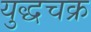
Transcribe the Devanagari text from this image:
युद्धचक्र